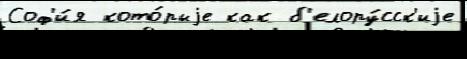
Соф'и́я кото́рыjе как б'елору́сск'иjе